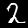
Label: 2